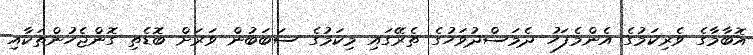
އޮބާމާގެ ވެރިކަމުގެ އެންމެފަހު ދެމަސްދުވަހުގެ ތެރޭގައި މިކަމުގެ ސަބަބުން ވަރަށް ބޮޑެތި ގޮންޖެހުންތަކާއި